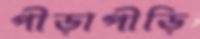
পীড়াপীড়ি